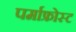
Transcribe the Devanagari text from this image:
पर्माफ्रोस्ट